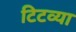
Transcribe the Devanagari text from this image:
टिटव्या